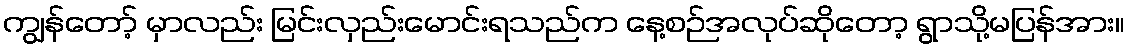
ကျွန်တော့် မှာလည်း မြင်းလှည်းမောင်းရသည်က နေ့စဉ်အလုပ်ဆိုတော့ ရွာသို့မပြန်အား။